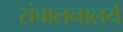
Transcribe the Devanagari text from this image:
संचालनालये